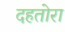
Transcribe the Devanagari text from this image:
दहतोरा